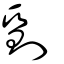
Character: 劕